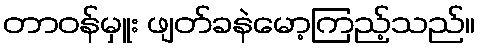
တာဝန်မှူး ဖျတ်ခနဲမော့ကြည့်သည်။